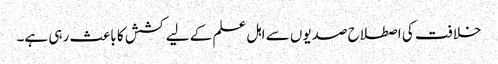
خلافت کی اصطلاح صدیوں سے اہل علم کے لیے کشش کا باعث رہی ہے۔